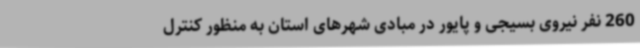
260 نفر نیروی بسیجی و پایور در مبادی شهرهای استان به منظور کنترل